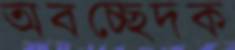
অবচ্ছেদক